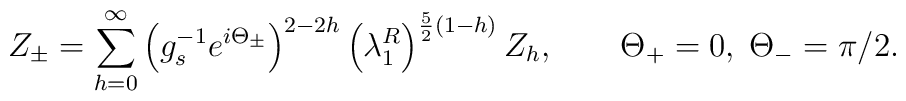
Z_\pm=\sum_{h=0}^\infty\left(g^{-1}_se^{i\Theta_\pm}\right)^{2-2h}\left(\lambda_1^R\right)^{{5\over 2}(1-h)}Z_h,\qquad \Theta_+=0,\; \Theta_-=\pi/2.